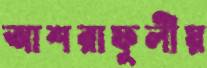
আশরাফুলীয়